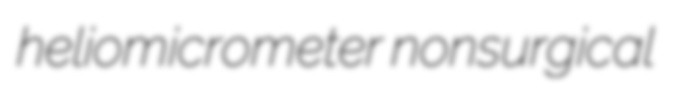
heliomicrometer nonsurgical